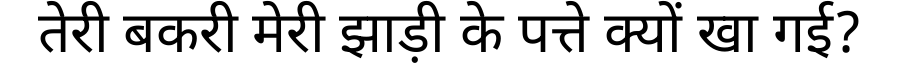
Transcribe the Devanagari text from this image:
तेरी बकरी मेरी झाड़ी के पत्ते क्यों खा गई?